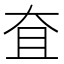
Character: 㚗